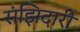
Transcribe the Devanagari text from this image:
संझिदारी